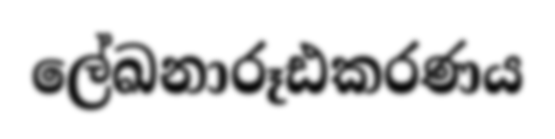
ලේඛනාරූඪකරණය